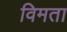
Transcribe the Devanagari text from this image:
विमता